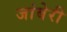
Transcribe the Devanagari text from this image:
जांबेरी